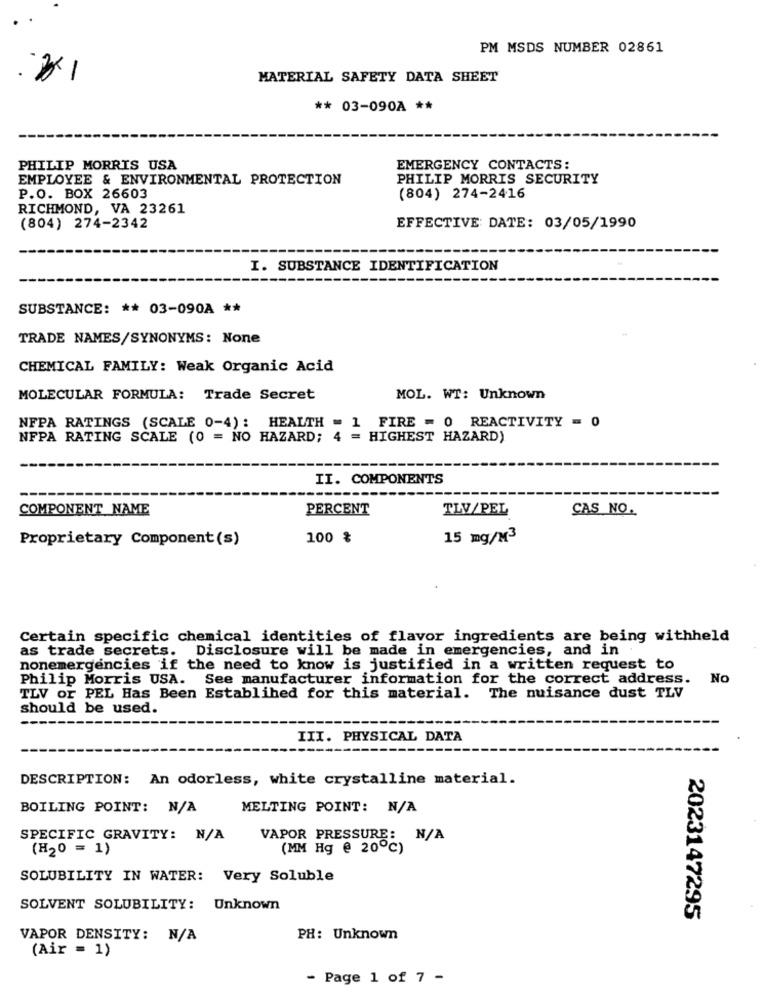
PM MSDS NUMBER 02861
MATERIAL SAFETY DATA SHEET
** 03-090A **
PHILIP MORRIS USA
EMERGENCY CONTACTS:
EMPLOYEE & ENVIRONMENTAL PROTECTION
PHILIP MORRIS SECURITY
P.O. BOX 26603
(804) 274-2416
RICHMOND, VA 23261
(804) 274-2342
EFFECTIVE DATE: 03/05/1990
I. SUBSTANCE IDENTIFICATION
SUBSTANCE: ** 03-090A **
TRADE NAMES/SYNONYMS: None
CHEMICAL FAMILY: Weak Organic Acid
MOLECULAR FORMULA: Trade Secret
MOL. WT: Unknown
NFPA RATINGS (SCALE 0-4): HEALTH = 1 FIRE = 0 REACTIVITY = 0
NFPA RATING SCALE (0 = NO HAZARD; 4 = HIGHEST HAZARD)
II. COMPONENTS
COMPONENT NAME
PERCENT
TLV/PEL
CAS NO.
Proprietary Component(s)
100 %
15 mg/M3
Certain specific chemical identities of flavor ingredients are being withheld
as trade secrets. Disclosure will be made in emergencies, and in
nonemergencies if the need to know is justified in a written request to
Philip Morris USA. See manufacturer information for the correct address. No
TLV or PEL Has Been Establihed for this material. The nuisance dust TLV
should be used.
III. PHYSICAL DATA
DESCRIPTION: An odorless, white crystalline material.
BOILING POINT: N/A
MELTING POINT: N/A
SPECIFIC GRAVITY: N/A
VAPOR PRESSURE: N/A
(H20 = 1)
(MM Hg @ 20℃)
SOLUBILITY IN WATER: Very Soluble
SOLVENT SOLUBILITY: Unknown
2023147295
VAPOR DENSITY: N/A
PH: Unknown
(Air = 1)
- Page 1 of 7 -